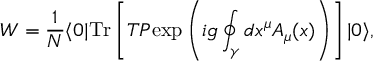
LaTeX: { \cal W } = { \frac { 1 } { N } } \langle 0 | \mathrm { T r } \left[ { \cal T } { \cal P } \mathrm { e x p } \left( i g \oint _ { \gamma } d x ^ { \mu } A _ { \mu } ( x ) \right) \right] | 0 \rangle ,